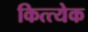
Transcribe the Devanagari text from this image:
कित्त्येक